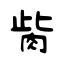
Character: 胔